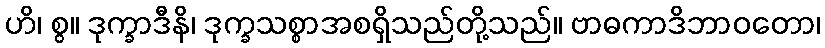
ဟိ၊ စွ။ ဒုက္ခာဒီနိ၊ ဒုက္ခသစ္စာအစရှိသည်တို့သည်။ ဗာဓကာဒိဘာဝတော၊